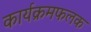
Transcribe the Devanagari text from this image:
कार्यक्रमफलक